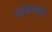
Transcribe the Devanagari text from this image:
सेवेकऱ्यांचा